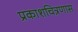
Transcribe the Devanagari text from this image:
प्रकाशचित्रणास